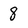
Character: 8